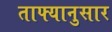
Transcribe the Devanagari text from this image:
ताफ्यानुसार